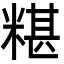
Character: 糂